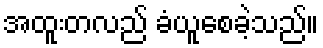
အထူးတလည် ခံယူစေခဲ့သည်။